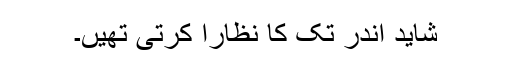
شاید اندر تک کا نظارا کرتی تھیں۔